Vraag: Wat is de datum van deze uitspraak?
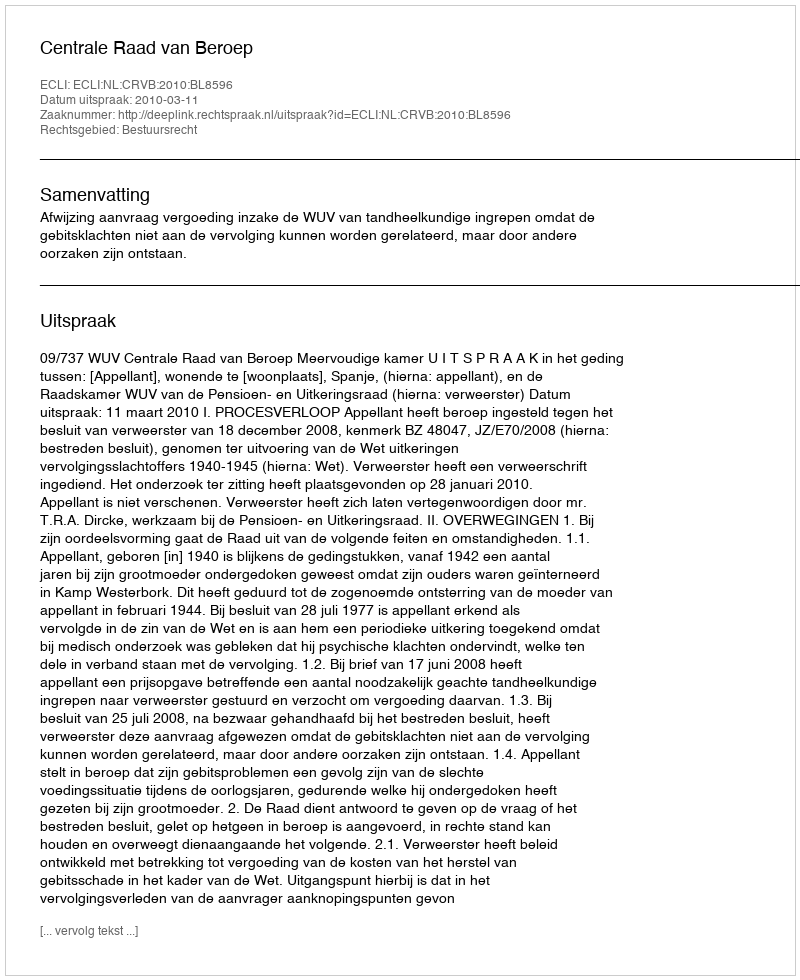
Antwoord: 2010-03-11